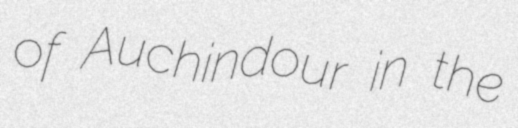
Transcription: of Auchindour in the